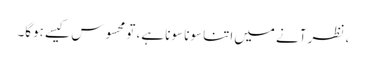
، نظر آنے میں‌اتنا سونا سونا ہے، تو محسوس کیسے ہوگا۔